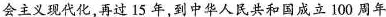
会主义现代化，再过15年，到中华人民共和国成立100周年